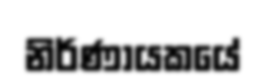
නිර්ණායකයේ